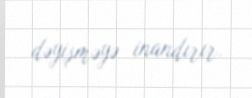
dəyişməyə inandırır.